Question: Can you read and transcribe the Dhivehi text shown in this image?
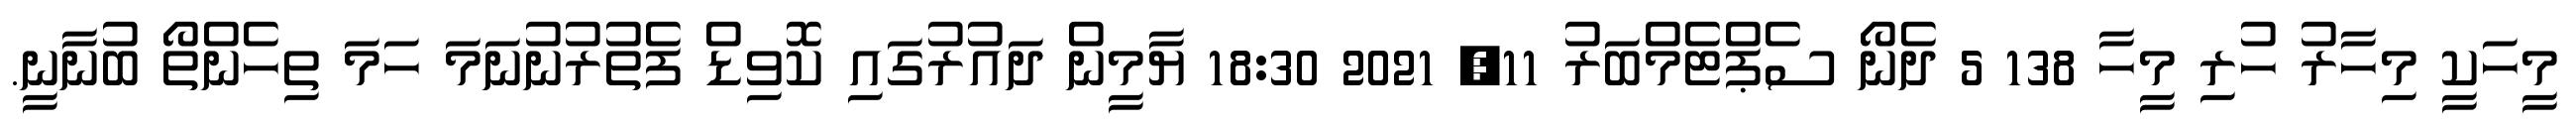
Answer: މީހަކީ މިހާރު ހުރި މީހާ 138 5 ދެނޯ ސެޕްޓެމްބަރު 11, 2021 18:30 ޔާމީން ދައުރުގައި ކޮވިޑް ފެތުރުނުނަމަ ހަމަ ތިހެންތޯ ބުނާނީ.